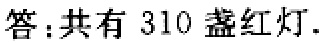
答：共有 310 盏红灯.